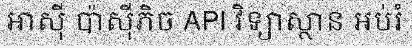
អាស៊ី ប៉ាស៊ីភិច API វិទ្យាស្ថាន អប់រំ